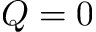
Q = 0